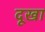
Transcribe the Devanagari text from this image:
दूखा